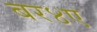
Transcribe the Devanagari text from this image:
बर४ए